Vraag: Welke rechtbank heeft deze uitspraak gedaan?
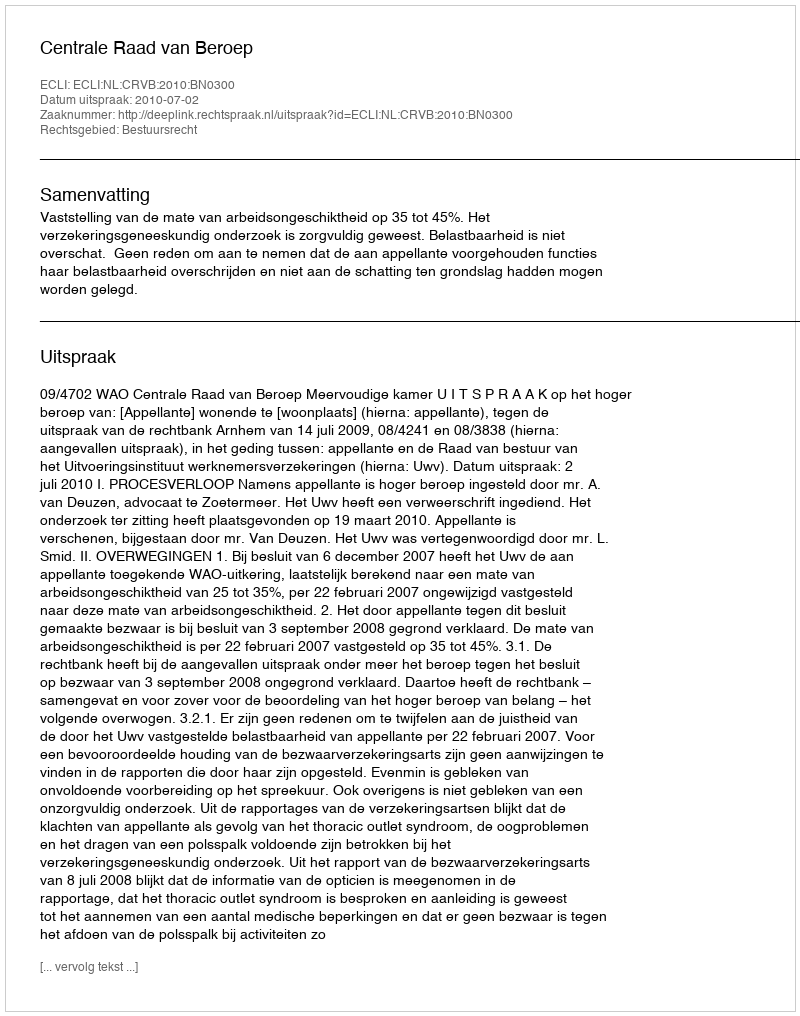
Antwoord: Centrale Raad van Beroep